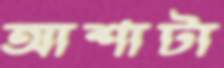
আশাটা